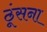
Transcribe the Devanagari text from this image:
ठूंसना